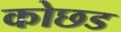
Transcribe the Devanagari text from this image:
कोछड